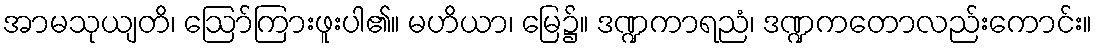
အာမသုယျတိ၊ ဩော်ကြားဖူးပါ၏။ မဟိယာ၊ မြေ၌။ ဒဏ္ဍကာရညံ၊ ဒဏ္ဍကတောလည်းကောင်း။